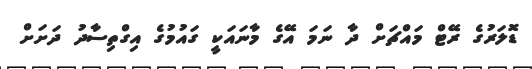
ޑޮލަރުގެ ރޭޓް މައްޗަށް ދާ ނަމަ އޭގެ މާނައަކީ ގައުމުގެ އިގްތިސާދު ދަށަށް